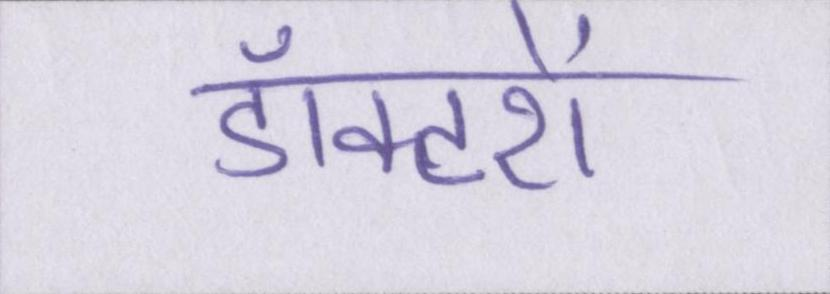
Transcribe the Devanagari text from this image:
डॉक्टरों